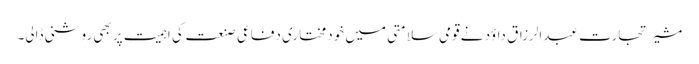
مشیر تجارت عبدالرزاق داؤد نے قومی سلامتی میں خودمختاری دفاعی صنعت کی اہمیت پر بھی روشنی ڈالی۔